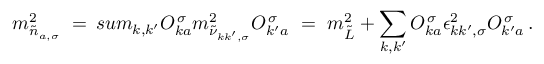
m _ { \tilde { n } _ { a , \sigma } } ^ { 2 } \ = \, s u m _ { k , k ^ { \prime } } O _ { k a } ^ { \, \sigma } m _ { \tilde { \nu } _ { k k ^ { \prime } , \sigma } } ^ { 2 } O _ { k ^ { \prime } a } ^ { \, \sigma } \ = \ m _ { \tilde { L } } ^ { 2 } + \sum _ { k , k ^ { \prime } } O _ { k a } ^ { \, \sigma } \epsilon _ { k k ^ { \prime } , \sigma } ^ { 2 } O _ { k ^ { \prime } a } ^ { \, \sigma } \, .